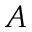
A